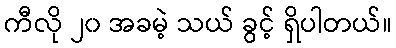
ကီလို ၂၀ အခမဲ့ သယ် ခွင့် ရှိပါတယ်။